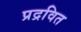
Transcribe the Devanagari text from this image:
प्रद्रवित